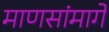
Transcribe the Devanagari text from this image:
माणसांमागे